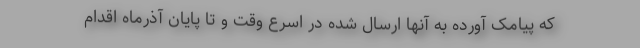
که پیامک آورده به آنها ارسال شده در اسرع وقت و تا پایان آذرماه اقدام